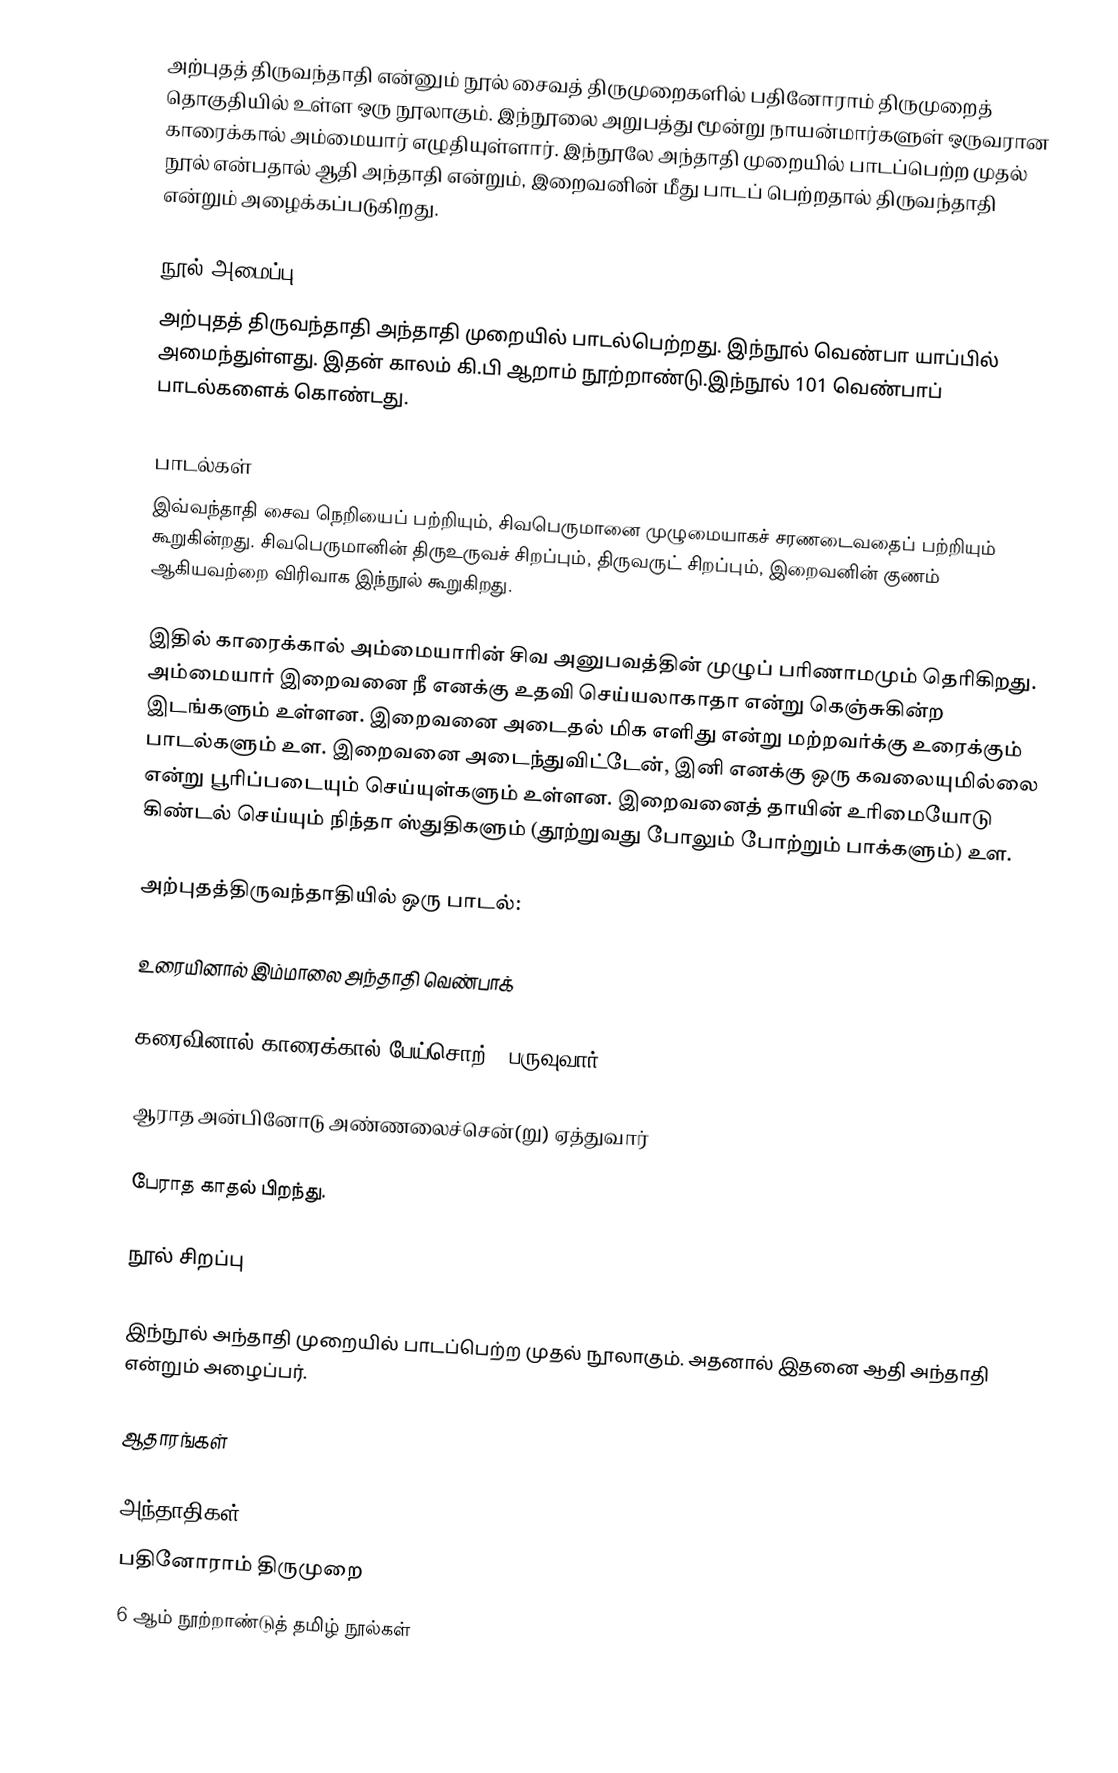
அற்புதத் திருவந்தாதி என்னும் நூல் சைவத் திருமுறைகளில் பதினோராம் திருமுறைத் தொகுதியில் உள்ள ஒரு நூலாகும். இந்நூலை அறுபத்து மூன்று நாயன்மார்களுள் ஒருவரான  காரைக்கால் அம்மையார் எழுதியுள்ளார். இந்நூலே அந்தாதி முறையில் பாடப்பெற்ற முதல் நூல் என்பதால் ஆதி அந்தாதி என்றும், இறைவனின் மீது பாடப் பெற்றதால் திருவந்தாதி என்றும் அழைக்கப்படுகிறது.

நூல் அமைப்பு
அற்புதத் திருவந்தாதி அந்தாதி முறையில் பாடல்பெற்றது. இந்நூல் வெண்பா யாப்பில் அமைந்துள்ளது. இதன் காலம் கி.பி ஆறாம் நூற்றாண்டு.இந்நூல் 101 வெண்பாப் பாடல்களைக் கொண்டது.

பாடல்கள்
இவ்வந்தாதி சைவ நெறியைப் பற்றியும், சிவபெருமானை முழுமையாகச் சரணடைவதைப் பற்றியும் கூறுகின்றது.  சிவபெருமானின் திருஉருவச் சிறப்பும், திருவருட் சிறப்பும், இறைவனின் குணம் ஆகியவற்றை விரிவாக இந்நூல் கூறுகிறது.

இதில் காரைக்கால் அம்மையாரின் சிவ அனுபவத்தின் முழுப் பரிணாமமும் தெரிகிறது. அம்மையார் இறைவனை நீ எனக்கு உதவி செய்யலாகாதா என்று கெஞ்சுகின்ற இடங்களும் உள்ளன. இறைவனை அடைதல் மிக எளிது என்று மற்றவர்க்கு உரைக்கும் பாடல்களும் உள. இறைவனை அடைந்துவிட்டேன், இனி எனக்கு ஒரு கவலையுமில்லை என்று பூரிப்படையும் செய்யுள்களும் உள்ளன. இறைவனைத் தாயின் உரிமையோடு கிண்டல் செய்யும் நிந்தா ஸ்துதிகளும் (தூற்றுவது போலும் போற்றும் பாக்களும்) உள.

அற்புதத்திருவந்தாதியில் ஒரு பாடல்:

உரையினால் இம்மாலை அந்தாதி வெண்பாக்

கரைவினால் காரைக்கால் பேய்சொற் - பருவுவார்

ஆராத அன்பினோடு அண்ணலைச்சென்(று) ஏத்துவார்

பேராத காதல் பிறந்து.

நூல் சிறப்பு

இந்நூல் அந்தாதி முறையில் பாடப்பெற்ற முதல் நூலாகும். அதனால் இதனை ஆதி அந்தாதி என்றும் அழைப்பர்.

ஆதாரங்கள்

அந்தாதிகள்
பதினோராம் திருமுறை
6 ஆம் நூற்றாண்டுத் தமிழ் நூல்கள்